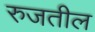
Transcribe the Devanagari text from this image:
रुजतील